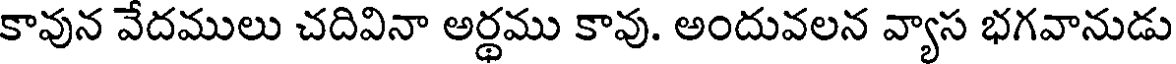
కావున వేదములు చదివినా అర్థము కావు. అందువలన వ్యాస భగవానుడు